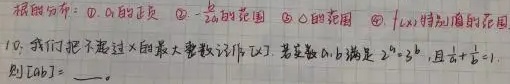
根据分布：\textcircled{1} \(0\) 的正负 \textcircled{2} \(-\frac{1}{x}\) 的范围 \textcircled{3} \(x\) 的范围 \textcircled{4} \(f(x)\) 特别值的范围
10. 我们把不超过 \(x\) 的最大整数记作 \([x]\) . 若正数 \(a,b\) 满足 \(2^{a}=3^{b}\) , 且 \(\frac{1}{a}+\frac{1}{b}=1\) , 则 \([ab]=\) ___.